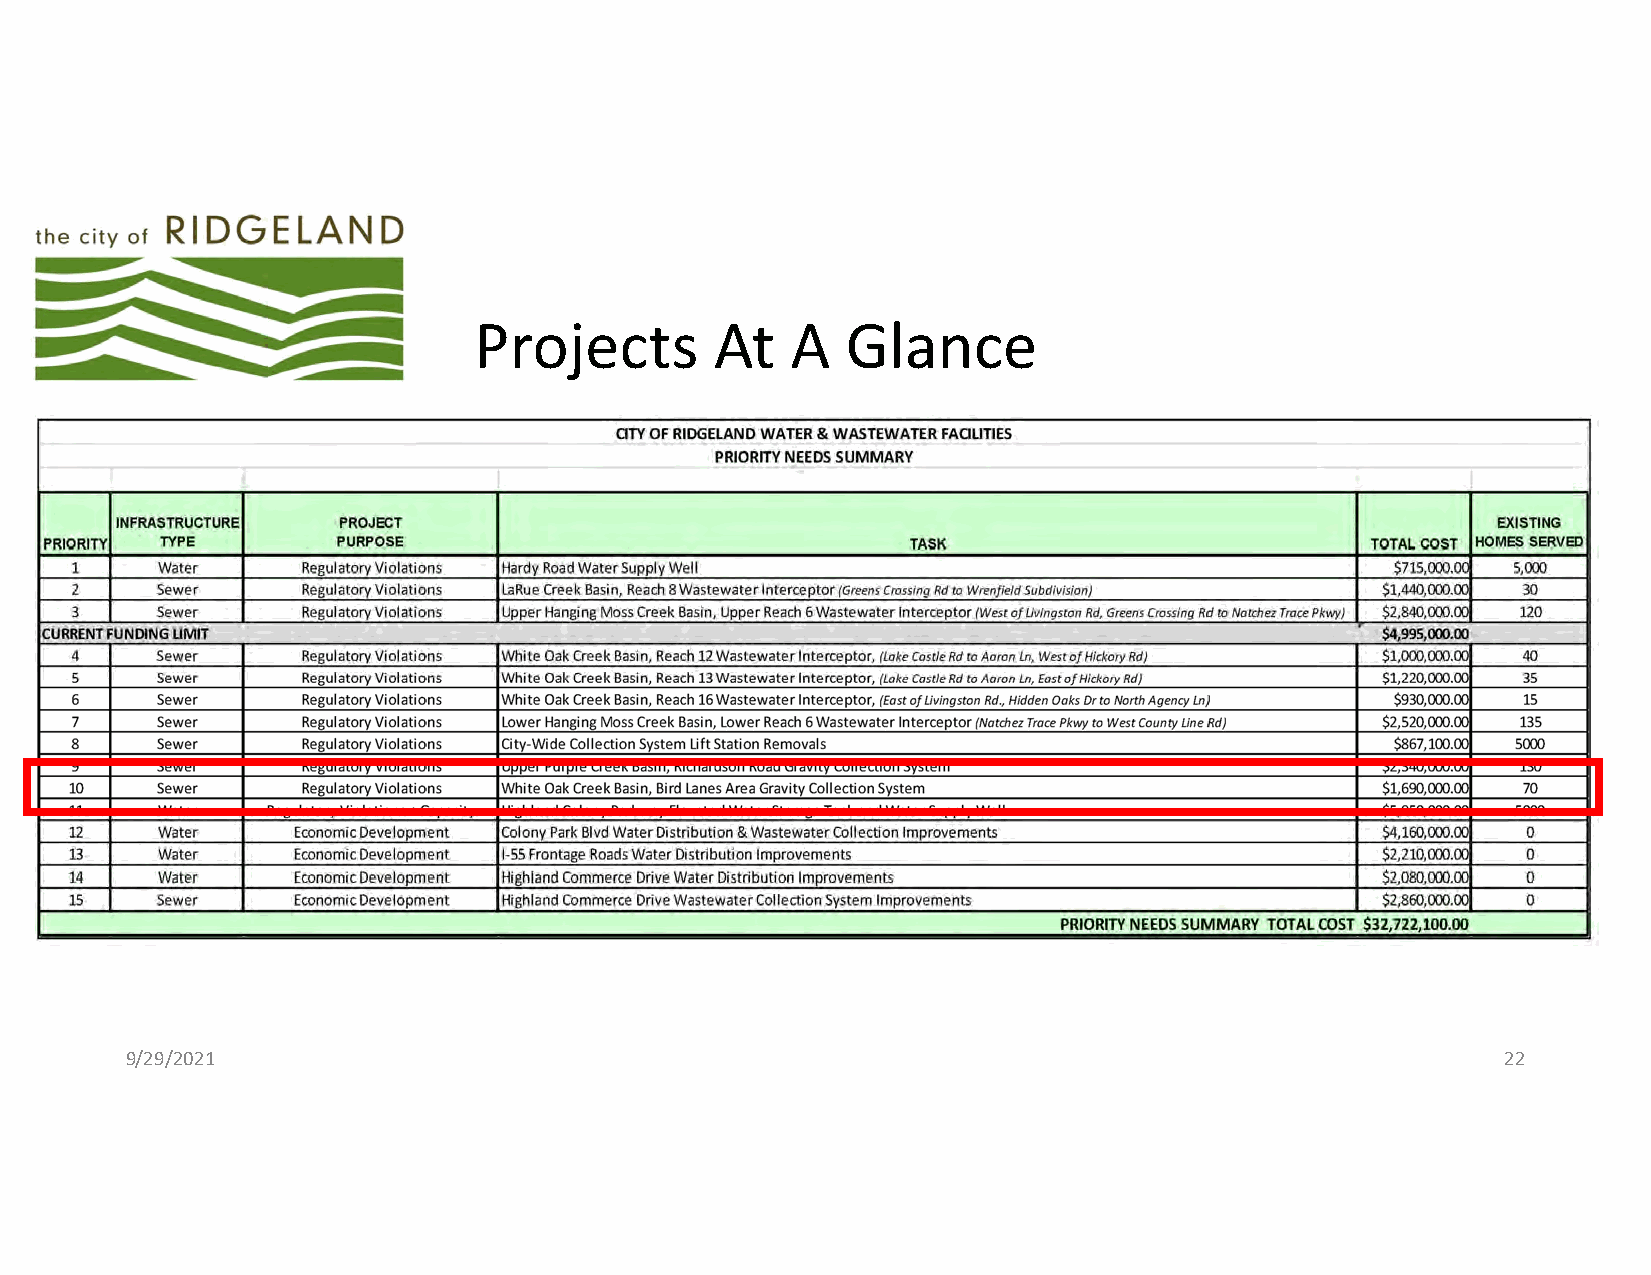
Projects        At   A   Glance
 9/29/2021                                                                                   22